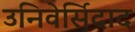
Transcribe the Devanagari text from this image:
उनिवेर्सिदाद